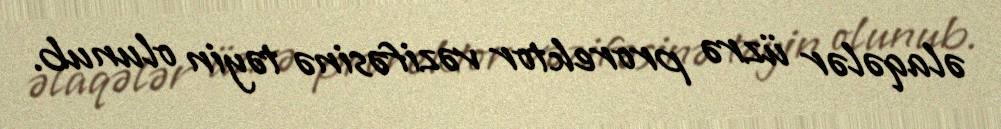
əlaqələr üzrə prorektor vəzifəsinə təyin olunub.